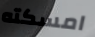
امسكته